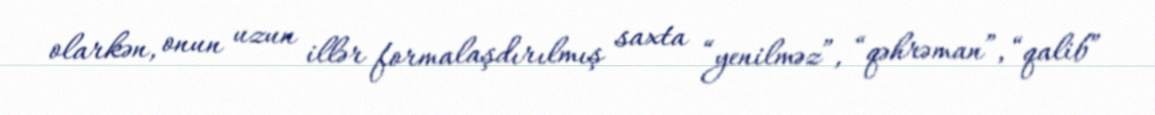
olarkən, onun uzun illər formalaşdırılmış saxta “yenilməz”, “qəhrəman”, “qalib”